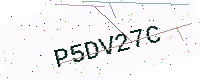
Text: P5DV27C